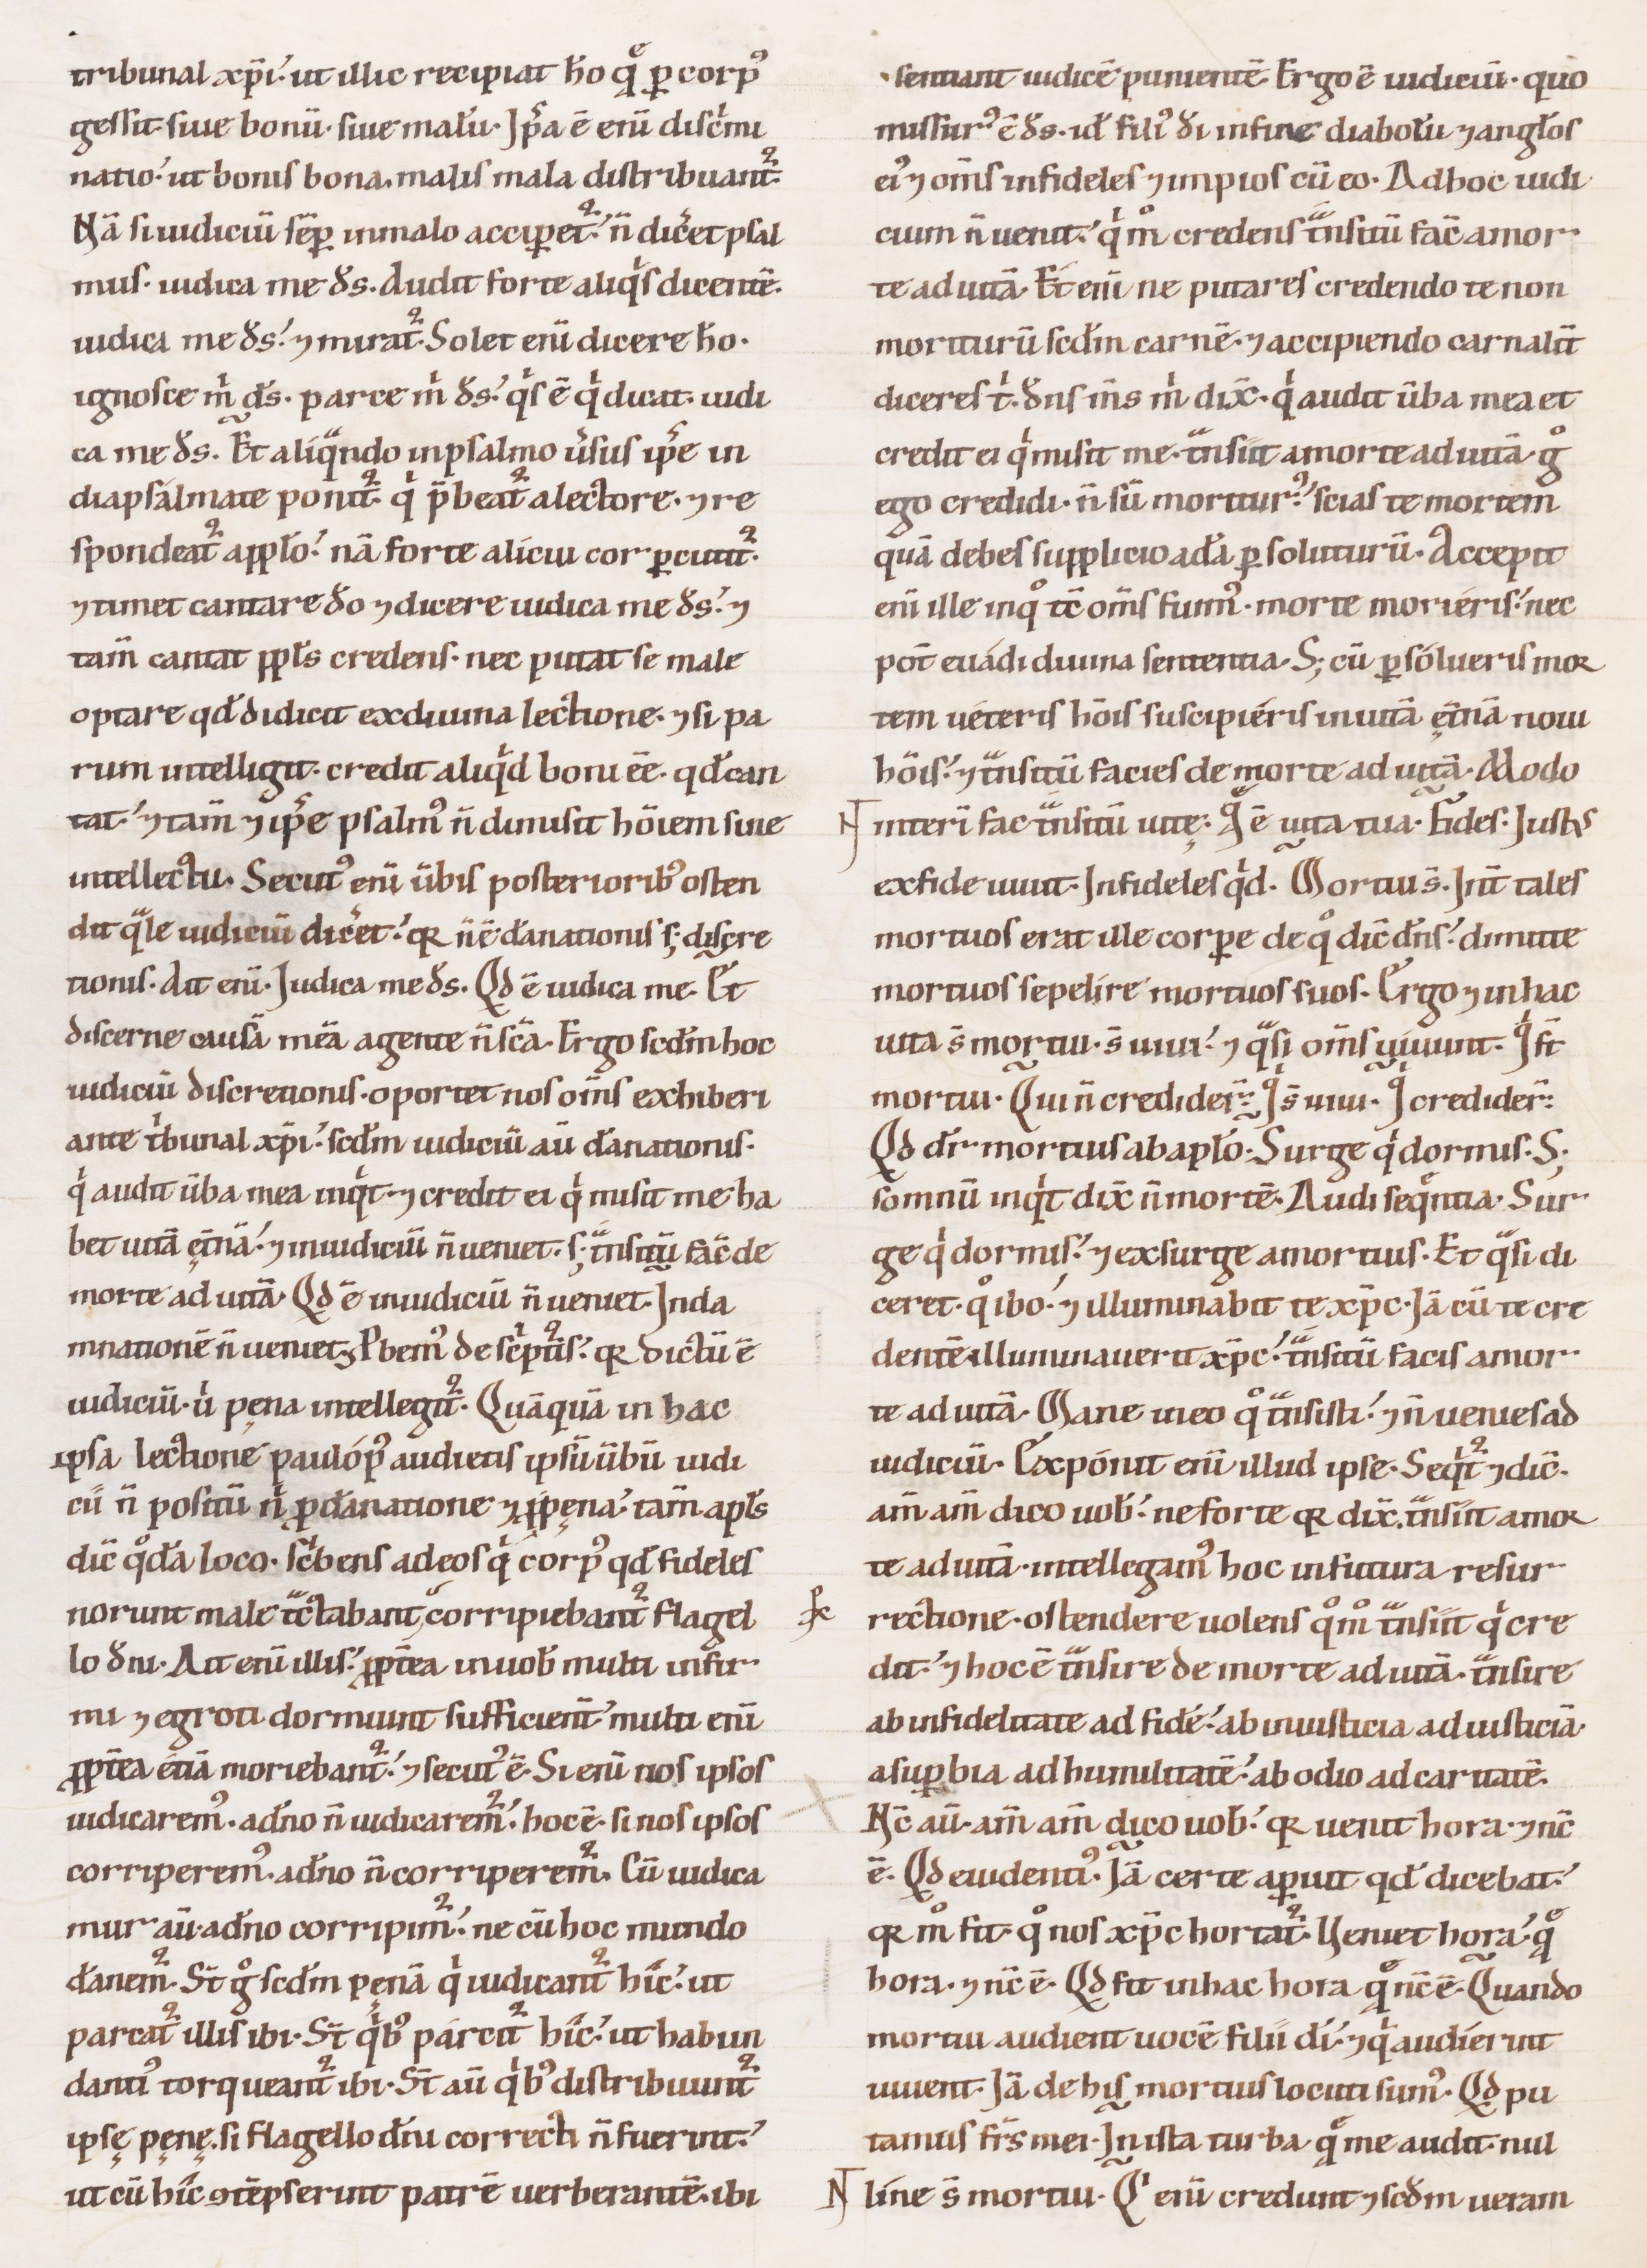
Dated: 1100–1199